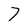
Character: 7